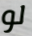
لو